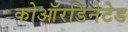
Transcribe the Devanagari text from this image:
कोऑरडिनेटेड